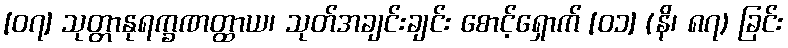
[၀၇] သုတ္တာနုရက္ခဏတ္ထာယ၊ သုတ်အချင်းချင်း စောင့်ရှောက် [၀၁] (နိ၊ ၈၇) ခြင်း